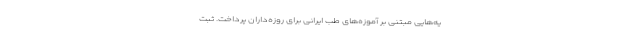
یه‌هایی مبتنی بر آموزه‌های طب ایرانی برای روزه‌داران پرداخت. ثبت